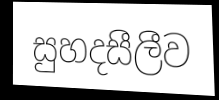
සුහදසීලීව